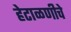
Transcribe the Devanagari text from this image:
हेटाळणीचे